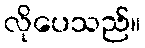
လိုပေသည်။